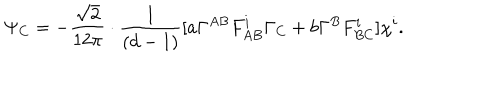
\Psi _ { C } = - \frac { \sqrt { 2 } } { 1 2 \pi } \cdot \frac { 1 } { ( d - 1 ) } [ a \Gamma ^ { A B } F _ { A B } ^ { i } \Gamma _ { C } + b \Gamma ^ { B } F _ { B C } ^ { i } ] \chi ^ { i } .